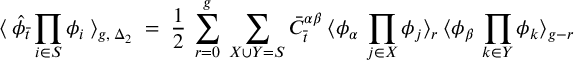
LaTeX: \langle \: { \hat { \phi } } _ { \bar { t } } \prod _ { i \in S } \phi _ { i } \: \rangle _ { g , \: { \Delta _ { 2 } } } \; = \; \frac { 1 } { 2 } \: \sum _ { r = 0 } ^ { g } \: \sum _ { X \cup Y = S } { \bar { C } } _ { \bar { t } } ^ { \alpha \beta } \: \langle \phi _ { \alpha } \: \prod _ { j \in X } \phi _ { j } \rangle _ { r } \: \langle \phi _ { \beta } \: \prod _ { k \in Y } \phi _ { k } \rangle _ { g - r } \,